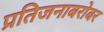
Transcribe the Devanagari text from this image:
प्रतिजनाबरोबर